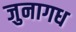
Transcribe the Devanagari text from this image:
जुनागध